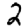
Digit: 2